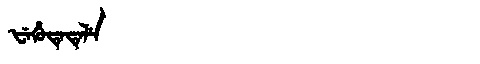
Manchu: ᡶᡝᡥᡠᡨᡝᡨᡝᠯᡝ
Romanization: FEHUTETELE